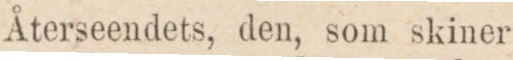
Återseendets, den, som skiner